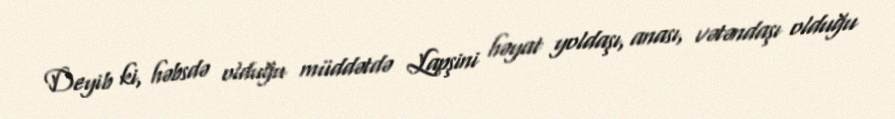
Deyib ki, həbsdə olduğu müddətdə Lapşini həyat yoldaşı, anası, vətəndaşı olduğu